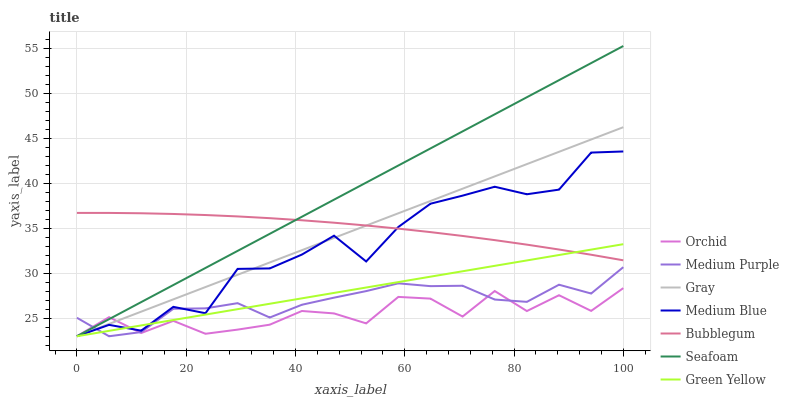
| xaxis_label | Orchid | Medium Purple | Gray | Medium Blue | Bubblegum | Seafoam | Green Yellow |
 | --- | --- | --- | --- | --- | --- | --- | --- |
 | 0 | 23 | 25.1 | 23 | 23 | 36.7 | 23 | 23 |
 | 5.88 | 25.1 | 23 | 24.4 | 24.3 | 36.7 | 24.9 | 23.6 |
 | 11.8 | 23.4 | 23.5 | 25.7 | 23.6 | 36.7 | 26.8 | 24.2 |
 | 17.6 | 24.7 | 26.1 | 27.1 | 26.3 | 36.6 | 28.7 | 24.8 |
 | 23.5 | 23.3 | 26.1 | 28.5 | 25.6 | 36.5 | 30.6 | 25.4 |
 | 29.4 | 23.7 | 26.7 | 29.8 | 30.5 | 36.3 | 32.5 | 26 |
 | 35.3 | 24.3 | 25.1 | 31.2 | 30.5 | 36.1 | 34.4 | 26.6 |
 | 41.2 | 25.8 | 26.5 | 32.6 | 32.1 | 35.9 | 36.3 | 27.2 |
 | 47.1 | 25.5 | 27.3 | 33.9 | 34.2 | 35.6 | 38.2 | 27.8 |
 | 52.9 | 24.4 | 28 | 35.3 | 31.3 | 35.3 | 40.1 | 28.4 |
 | 58.8 | 27.4 | 28.9 | 36.7 | 35.1 | 35 | 42 | 29 |
 | 64.7 | 27.2 | 28.6 | 38 | 37.7 | 34.6 | 43.9 | 29.6 |
 | 70.6 | 25.2 | 28.6 | 39.4 | 38.6 | 34.1 | 45.8 | 30.2 |
 | 76.5 | 28 | 27.1 | 40.8 | 39.6 | 33.7 | 47.7 | 30.8 |
 | 82.4 | 25.8 | 26.8 | 42.1 | 38.8 | 33.2 | 49.6 | 31.4 |
 | 88.2 | 27.6 | 28.7 | 43.5 | 39.3 | 32.6 | 51.5 | 32 |
 | 94.1 | 25.8 | 27.7 | 44.9 | 43.4 | 32.1 | 53.4 | 32.6 |
 | 100 | 28.3 | 30.7 | 46.2 | 43.5 | 31.4 | 55.3 | 33.2 |